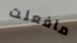
مافعلت